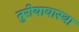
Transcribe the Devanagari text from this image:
तुरीयावास्था